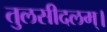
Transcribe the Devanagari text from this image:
तुलसीदलम्।